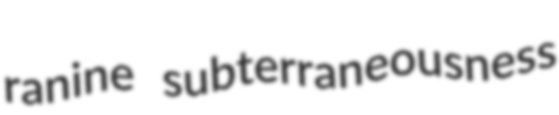
ranine subterraneousness